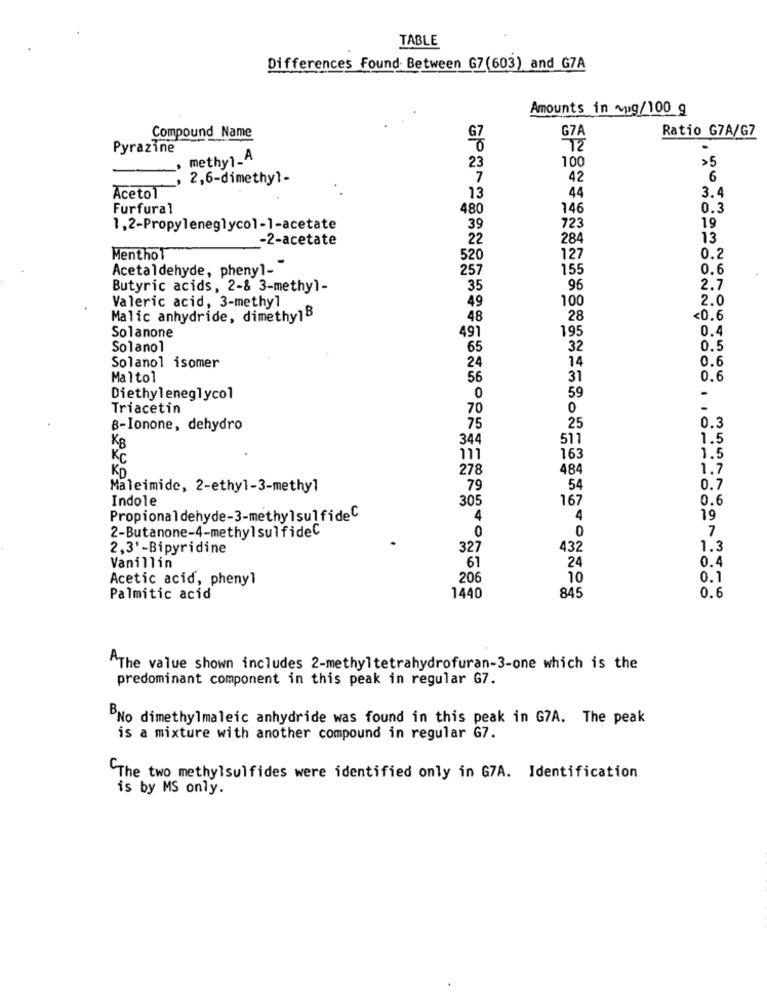
TABLE
Differences Found Between G7(603) and G7A
Amounts in ~ug/100 g
Compound Name
Ratio G7A/G7
G7
Pyrazine
72
methyl_A
100
>5
23
2,6-dimethyl-
7
42
6
Aceto1
3.4
13
44
Furfural
480
146
0.3
19
1,2-Propyleneglycol-1-acetate
39
723
-2-acetate
22
284
13
Menthol
520
127
0.2
Acetaldehyde, phenyl_"
257
155
0.6
Butyric acids, 2-& 3-methyl-
35
96
2.7
Valeric acid, 3-methyl
49
100
2.0
Malic anhydride, dimethy1B
48
28
<0.6
Solanone
195
0.4
491
Solanol
65
32
0.5
24
14
0.6
Solanol isomer
Maltol
56
31
0.6
59
Diethyleneglycol
0
Triacetin
70
0
B-Ionone, dehydro
75
25
0.3
344
511
1.5
KB
KC
111
163
1.5
KD
278
484
1.7
Maleimide, 2-ethyl-3-methyl
79
54
0.7
Indole
305
167
0.6
Propionaldehyde-3-methylsulfideC
4
4
19
0
0
7
2-Butanone-4-methylsulfideC
2,3'-Bipyridine
327
432
1.3
Vanillin
61
24
0.4
Acetic acid, phenyl
206
10
0.1
845
Palmitic acid
1440
0.6
AThe value shown includes 2-methyltetrahydrofuran-3-one which is the
predominant component in this peak in regular G7.
BNo dimethylmaleic anhydride was found in this peak in G7A. The peak
is a mixture with another compound in regular G7.
The two methylsulfides were identified only in G7A. Identification
is by MS only.